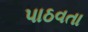
પાઠવતા